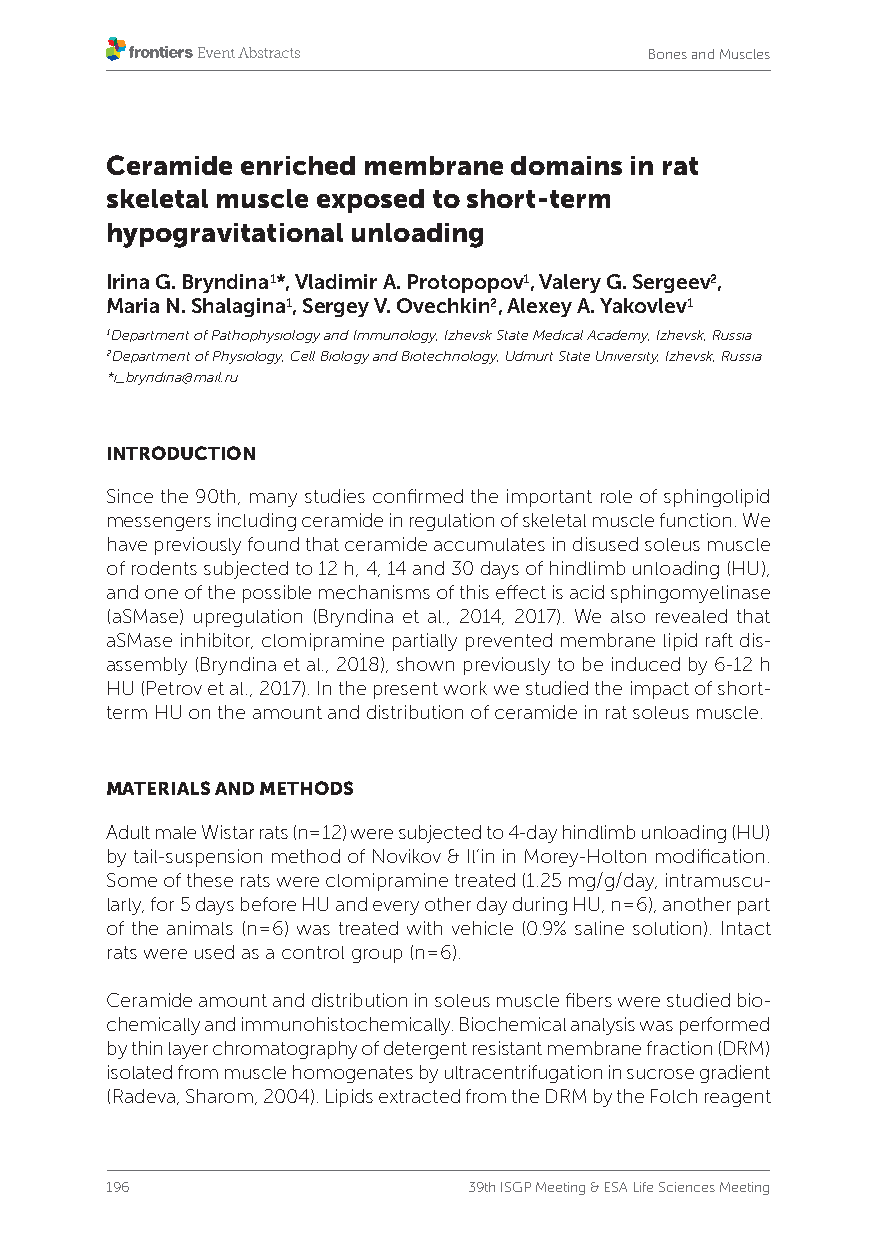
Bones and Muscles
 Ceramide enriched membrane domains in rat
 skeletal muscle exposed to short-term
 hypogravitational unloading
 Irina G. Bryndina1*, Vladimir A. Protopopov1, Valery G. Sergeev2,
 Maria N. Shalagina1, Sergey V. Ovechkin2, Alexey A. Yakovlev1
 1Department of Pathophysiology and Immunology, Izhevsk State Medical Academy, Izhevsk, Russia
 2Department of Physiology, Cell Biology and Biotechnology, Udmurt State University, Izhevsk, Russia
 *i_bryndina@mail.ru
 INTRODUCTION
 Since the 90th, many studies confirmed the important role of sphingolipid
 messengers including ceramide in regulation of skeletal muscle function. We
 have previously found that ceramide accumulates in disused soleus muscle
 of rodents subjected to 12 h, 4, 14 and 30 days of hindlimb unloading (HU),
 and one of the possible mechanisms of this effect is acid sphingomyelinase
 (aSMase) upregulation (Bryndina et al., 2014, 2017). We also revealed that
 aSMase inhibitor, clomipramine partially prevented membrane lipid raft dis-
 assembly (Bryndina et al., 2018), shown previously to be induced by 6-12 h
 HU (Petrov et al., 2017). In the present work we studied the impact of short-
 term HU on the amount and distribution of ceramide in rat soleus muscle.
 MATERIALS AND METHODS
 Adult male Wistar rats (n=12) were subjected to 4-day hindlimb unloading (HU)
 by tail-suspension method of Novikov & Il’in in Morey-Holton modification.
 Some of these rats were clomipramine treated (1.25 mg/g/day, intramuscu-
 larly, for 5 days before HU and every other day during HU, n=6), another part
 of the animals (n=6) was treated with vehicle (0.9% saline solution). Intact
 rats were used as a control group (n=6).
 Ceramide amount and distribution in soleus muscle fibers were studied bio-
 chemically and immunohistochemically. Biochemical analysis was performed
 by thin layer chromatography of detergent resistant membrane fraction (DRM)
 isolated from muscle homogenates by ultracentrifugation in sucrose gradient
 (Radeva, Sharom, 2004). Lipids extracted from the DRM by the Folch reagent
 196                     39th ISGP Meeting & ESA Life Sciences Meeting